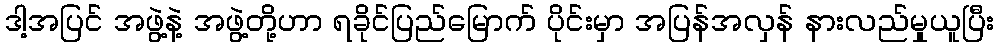
ဒါ့အပြင် အဖွဲ့နဲ့ အဖွဲ့တို့ဟာ ရခိုင်ပြည်မြောက် ပိုင်းမှာ အပြန်အလှန် နားလည်မှုယူပြီး